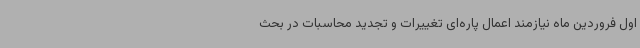
اول فروردین ماه نیازمند اعمال پاره‌ای تغییرات و تجدید محاسبات در بحث